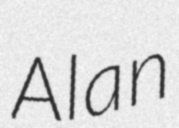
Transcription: Alan